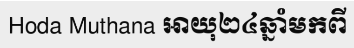
Hoda Muthana អាយុ២៤ឆ្នាំមកពី